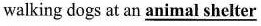
walking dogs at an \underline{animal shelter}